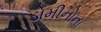
ડોમીનોના